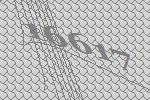
16617